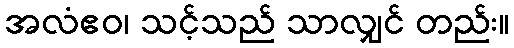
အလံဧဝ၊ သင့်သည် သာလျှင် တည်း။